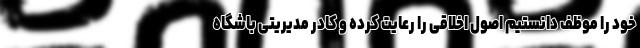
خود را موظف دانستیم اصول اخلاقی را رعایت کرده و کادر مدیریتی باشگاه